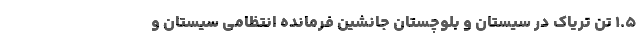
۱.۵ تن تریاک در سیستان و بلوچستان جانشین فرمانده انتظامی سیستان و